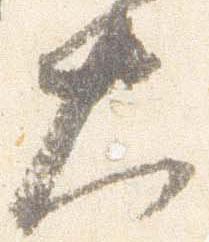
大